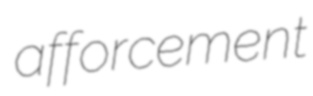
afforcement